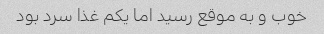
خوب و به موقع رسید اما یکم غذا سرد بود